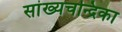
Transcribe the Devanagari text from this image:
सांख्‍यचन्द्रिका